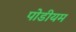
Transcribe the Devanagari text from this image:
पोडीयम